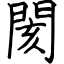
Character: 閡